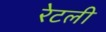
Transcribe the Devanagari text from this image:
रेटली